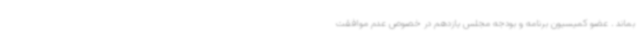
بماند . عضو کمیسیون برنامه و بودجه مجلس یازدهم در خصوص عدم موافقت